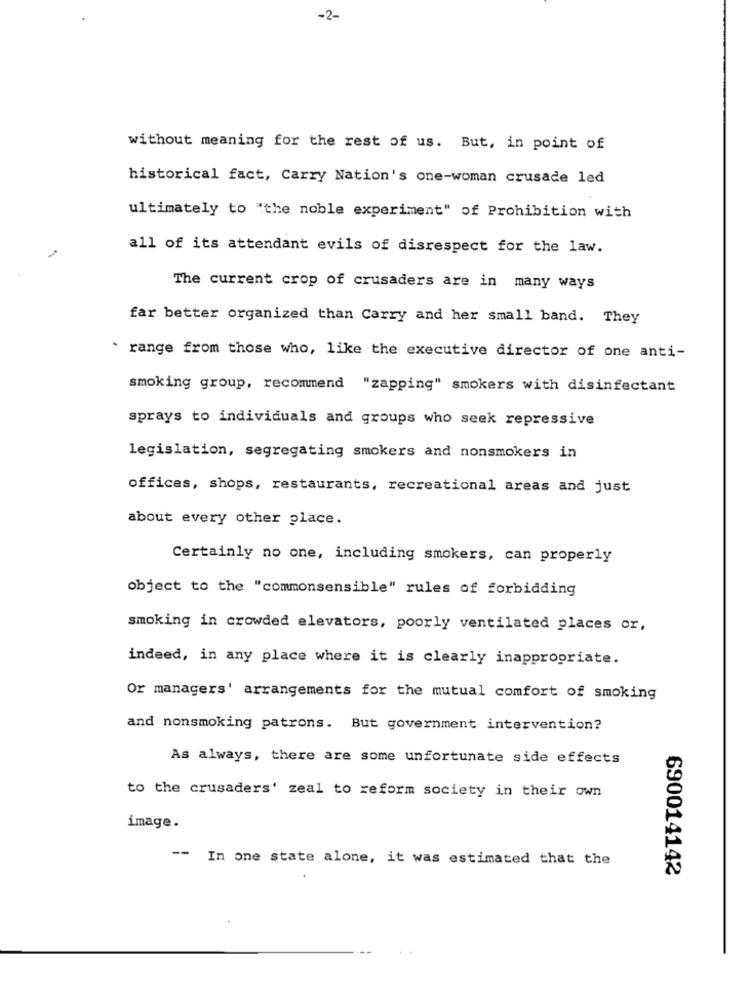
-2-
without meaning for the rest of us. But, in point of
historical fact, Carry Nation's one-woman crusade led
ultimately to "the noble experiment" of Prohibition with
all of its attendant evils of disrespect for the law.
The current crop of crusaders are in many ways
far better organized than Carry and her small band. They
` range from those who, like the executive director of one anti-
smoking group, recommend "zapping" smokers with disinfectant
sprays to individuals and groups who seek repressive
legislation, segregating smokers and nonsmokers in
offices, shops, restaurants, recreational areas and just
about every other place.
Certainly no one, including smokers, can properly
object to the "commonsensible" rules of forbidding
smoking in crowded elevators, poorly ventilated places or,
indeed, in any place where it is clearly inappropriate.
Or managers' arrangements for the mutual comfort of smoking
and nonsmoking patrons. But government intervention?
As always, there are some unfortunate side effects
to the crusaders' zeal to reform society in their own
image.
-- In one state alone, it was estimated that the
690014142